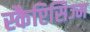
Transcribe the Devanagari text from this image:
स्कैप्टिसिज्म